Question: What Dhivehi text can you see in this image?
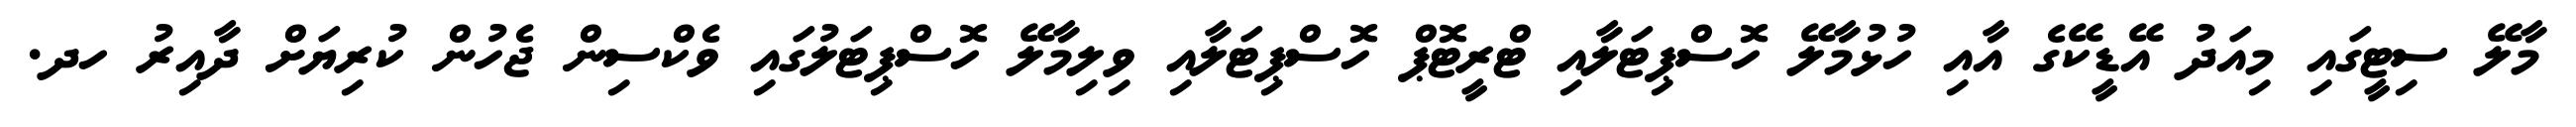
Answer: މާލޭ ސިޓީގައި މިއަދު އޭޑީކޭގެ އާއި ހުޅުމާލޭ ހޮސްޕިޓަލާއި ޓްރީޓޮޕް ހޮސްޕިޓަލާއި ވިލިމާލޭ ހޮސްޕިޓަލުގައި ވެކްސިން ޖެހުން ކުރިޔަށް ދާއިރު ހދ.